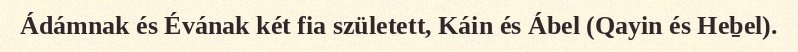
Ádámnak és Évának két fia született, Káin és Ábel (Qayin és Heḇel).